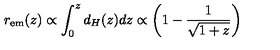
r _ { \mathrm { e m } } ( z ) \propto \int _ { 0 } ^ { z } d _ { H } ( z ) d z \propto \left( 1 - \frac { 1 } { \sqrt { 1 + z } } \right)